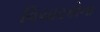
વિચારકોના